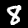
Digit: 8